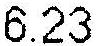
6.23